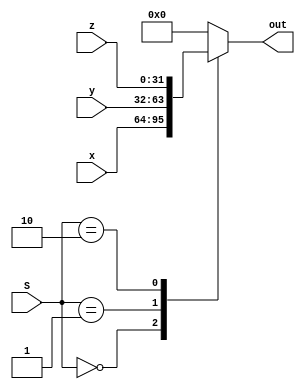
module Mux3to_1_d(x,y,z,S,out);
		parameter n = 32 ;
		input [n-1:0]x,y,z;
		input [1:0]S;
		output reg[n-1:0] out;
		
		always@(*)begin
			case(S)
			2'b00 : out = x;
			2'b01 : out = y;
			2'b10 : out = z ;
			default : out = 32'd0 ;
			endcase
		end
		
		
		
endmodule